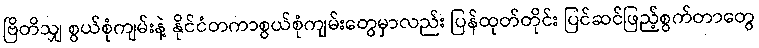
ဗြိတိသျှ စွယ်စုံကျမ်းနဲ့ နိုင်ငံတကာစွယ်စုံကျမ်းတွေမှာလည်း ပြန်ထုတ်တိုင်း ပြင်ဆင်ဖြည့်စွက်တာတွေ